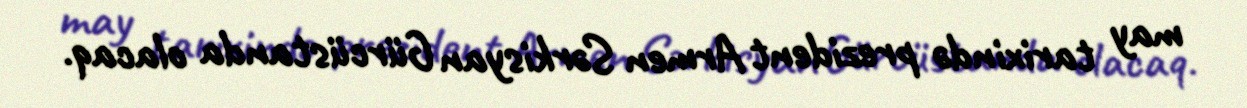
may tarixində prezident Armen Sərkisyan Gürcüstanda olacaq.